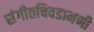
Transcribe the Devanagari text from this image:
संगीतचिवडामणी